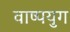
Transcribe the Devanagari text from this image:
वाष्पयुग